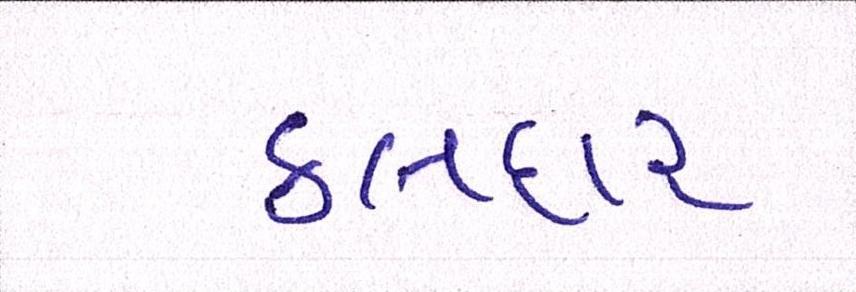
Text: કલદાર